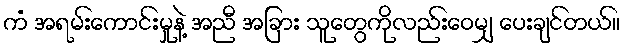
ကံ အရမ်းကောင်းမှုနဲ့ အညီ အခြား သူတွေကိုလည်းဝေမျှ ပေးချင်တယ်။